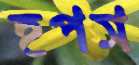
হপস